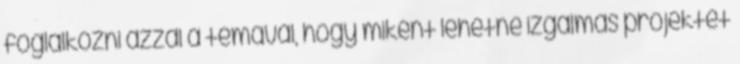
foglalkozni azzal a témával, hogy miként lehetne izgalmas projektet